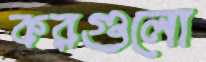
করগুলো